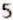
5